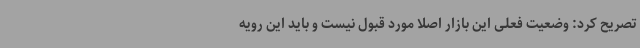
تصریح کرد: وضعیت فعلی این بازار اصلا مورد قبول نیست و باید این رویه